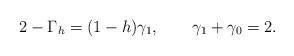
\begin{align*}2-\Gamma_h=(1-h)\gamma_1, \qquad \gamma_1+\gamma_0=2.\end{align*}